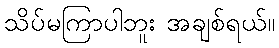
သိပ်မကြာပါဘူး အချစ်ရယ်။